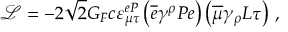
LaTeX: \mathcal { L } = - 2 \sqrt { 2 } G _ { F } c \varepsilon _ { \mu \tau } ^ { e P } \left( \overline { { { e } } } \gamma ^ { \rho } P e \right) \left( \overline { { { \mu } } } \gamma _ { \rho } L \tau \right) \, ,